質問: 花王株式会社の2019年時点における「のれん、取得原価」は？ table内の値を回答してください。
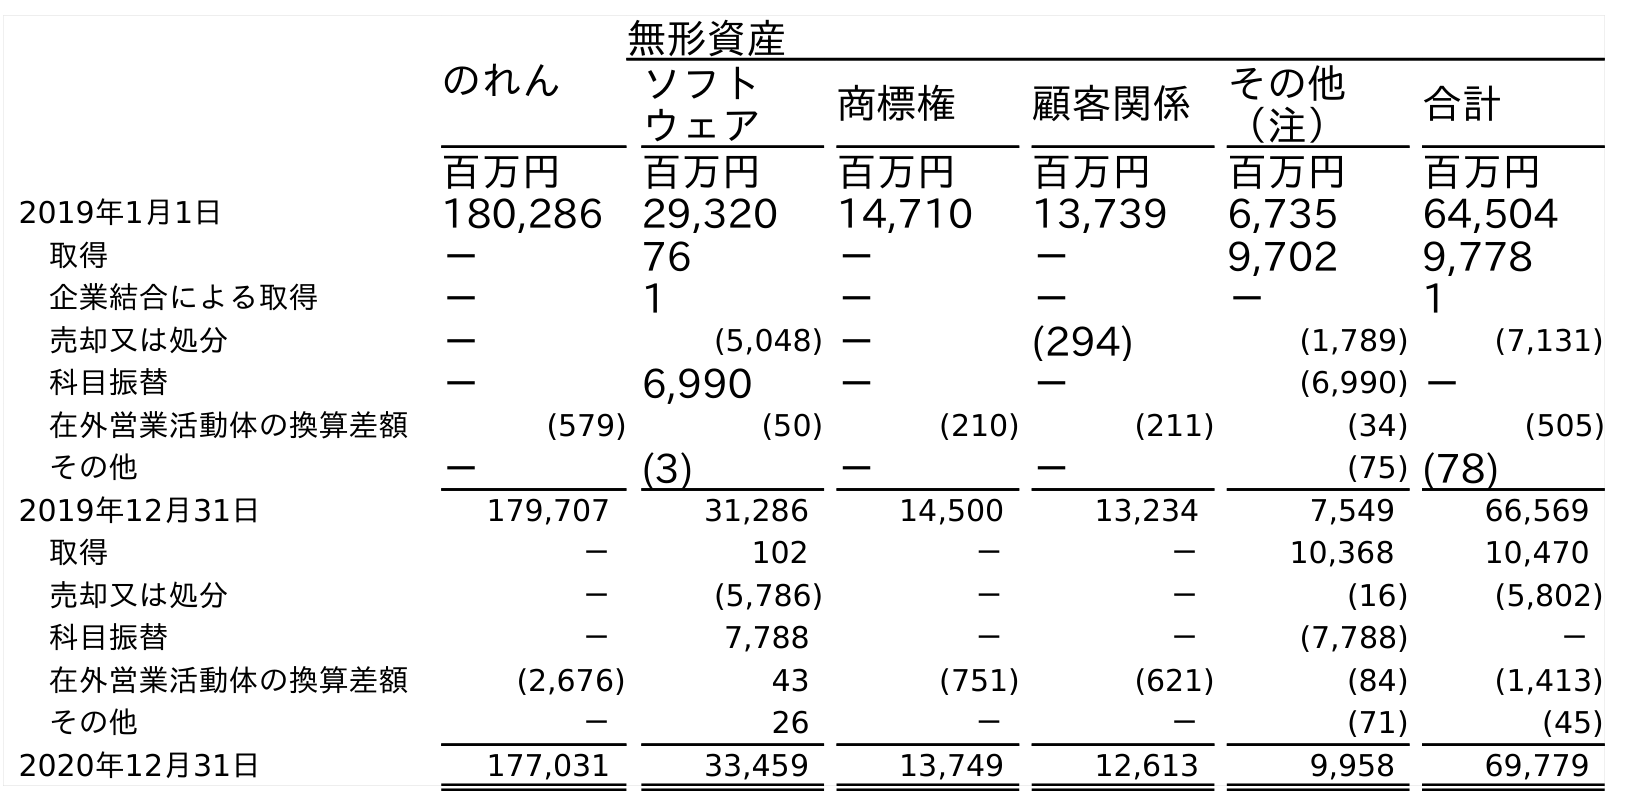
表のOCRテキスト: のれん 無形資産 ソフト ウェア 商標権 顧客関係 その他 （注） 合計 百万円 百万円 百万円 百万円 百万円 百万円 2019年1月1日 180,286 29,320 14,710 13,739 6,735 64,504 取得 － 76 － － 9,702 9,778 企業結合による取得 － 1 － － － 1 売却又は処分 － (5,048) － (294) (1,789) (7,131) 科目振替 － 6,990 － － (6,990) － 在外営業活動体の換算差額 (579) (50) (210) (211) (34) (505) その他 － (3) － － (75) (78) 2019年12月31日 179,707 31,286 14,500 13,234 7,549 66,569 取得 － 102 － － 10,368 10,470 売却又は処分 － (5,786) － － (16) (5,802) 科目振替 － 7,788 － － (7,788) － 在外営業活動体の換算差額 (2,676) 43 (751) (621) (84) (1,413) その他 － 26 － － (71) (45) 2020年12月31日 177,031 33,459 13,749 12,613 9,958 69,779
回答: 179,707